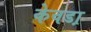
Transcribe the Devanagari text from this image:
केवडा़